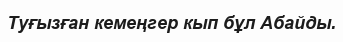
Туғызған кемеңгер кып бұл Абайды.